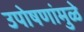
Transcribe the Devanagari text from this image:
उपोषणांमुळे